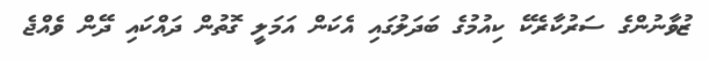
ޒުވާނުންގެ ސަރުކާރެކޭ ކިއުމުގެ ބަދަލުގައި އެކަން އަމަލީ ގޮތުން ދައްކައި ދޭން ވެއްޖެ